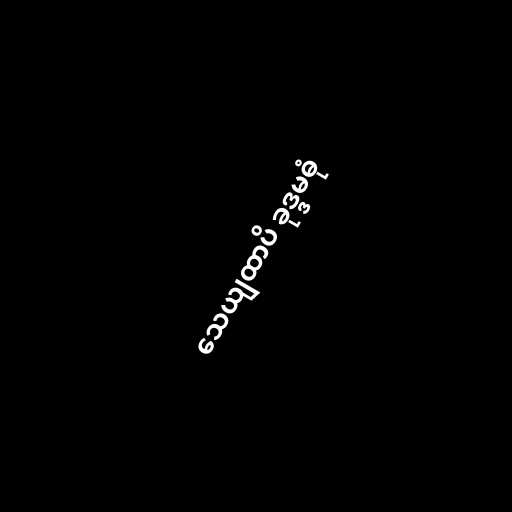
သေယျထာပိ ခုဒ္ဒမဓုံ